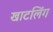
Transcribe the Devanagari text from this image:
खाटलिंग